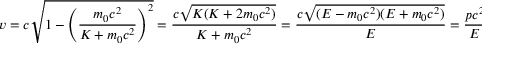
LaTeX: v = c { \sqrt { 1 - \left( { \frac { m _ { 0 } c ^ { 2 } } { K + m _ { 0 } c ^ { 2 } } } \right) ^ { 2 } } } = { \frac { c { \sqrt { K ( K + 2 m _ { 0 } c ^ { 2 } ) } } } { K + m _ { 0 } c ^ { 2 } } } = { \frac { c { \sqrt { ( E - m _ { 0 } c ^ { 2 } ) ( E + m _ { 0 } c ^ { 2 } ) } } } { E } } = { \frac { p c ^ { 2 } } { E } } \, .